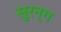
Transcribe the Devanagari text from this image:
सुरन्ग